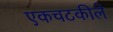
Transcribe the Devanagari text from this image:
एकचटकीले